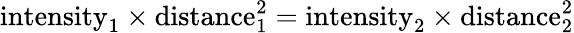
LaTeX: {\mathrm{intensity}}_{1}\times{\mathrm{distance}}_{1}^{2}={\mathrm{intensity}}_{2}\times{\mathrm{distance}}_{2}^{2}